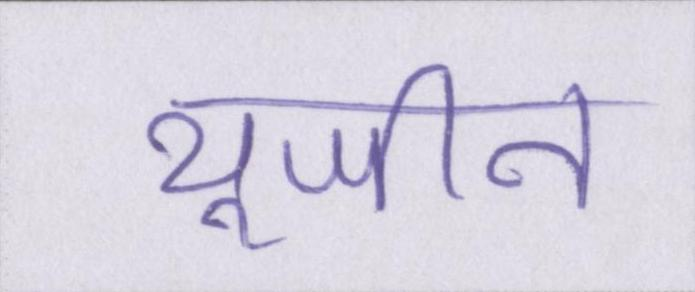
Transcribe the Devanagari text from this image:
यूजीन